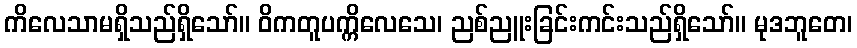
ကိလေသာမရှိသည်ရှိသော်။ ဝိကတူပက္ကိလေသေ၊ ညစ်ညူးခြင်းကင်းသည်ရှိသော်။ မုဒဘူတေ၊